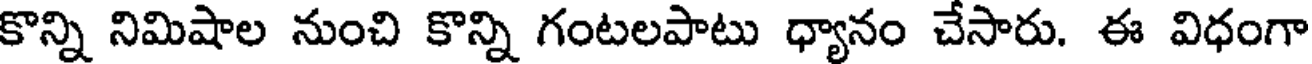
కొన్ని నిమిషాల నుంచి కొన్ని గంటలపాటు ధ్యానం చేసారు. ఈ విధంగా